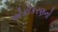
એકીકરણનો